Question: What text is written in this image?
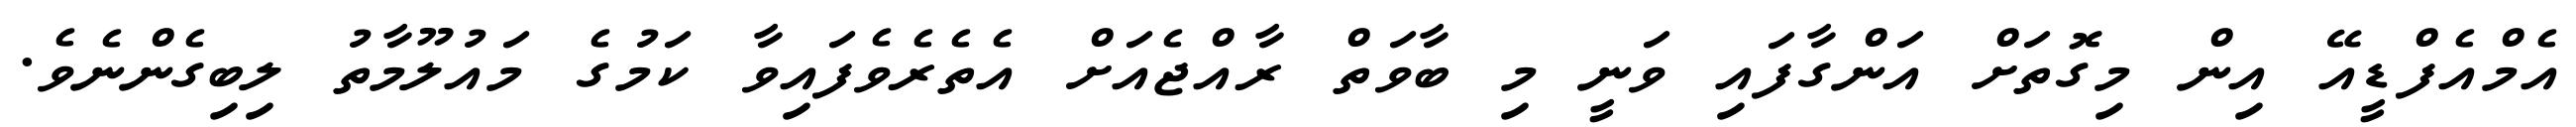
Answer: އެމްއެފްޑީއޭ އިން މިގޮތަށް އަންގާފައި ވަނީ މި ބާވަތް ރާއްޖެއަށް އެތެރެވެފައިވާ ކަމުގެ މައުލޫމާތު ލިބިގެންނެވެ.